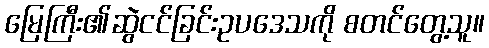
မြေကြီး၏ဆွဲငင်ခြင်းဥပဒေသကို စတင်တွေ့သူ။